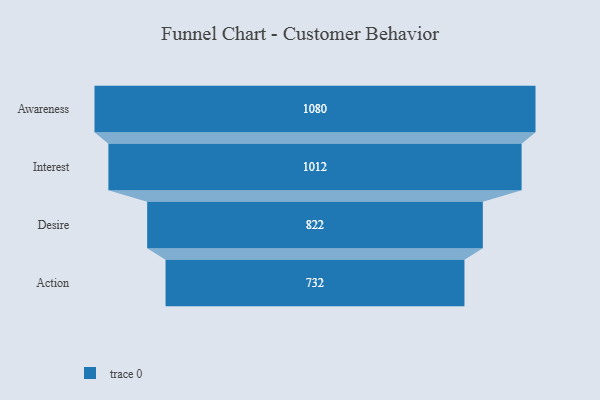
{"axis": {"x": "Stage", "y": "Value"}, "legend": [""], "data": [{"x": "Awareness", "y": 1080.0, "type": ""}, {"x": "Interest", "y": 1012.0, "type": ""}, {"x": "Desire", "y": 822.0, "type": ""}, {"x": "Action", "y": 732.0, "type": ""}]}